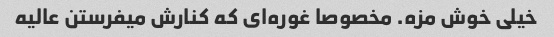
خیلی خوش مزه. مخصوصا غوره‌ای که کنارش میفرستن عالیه